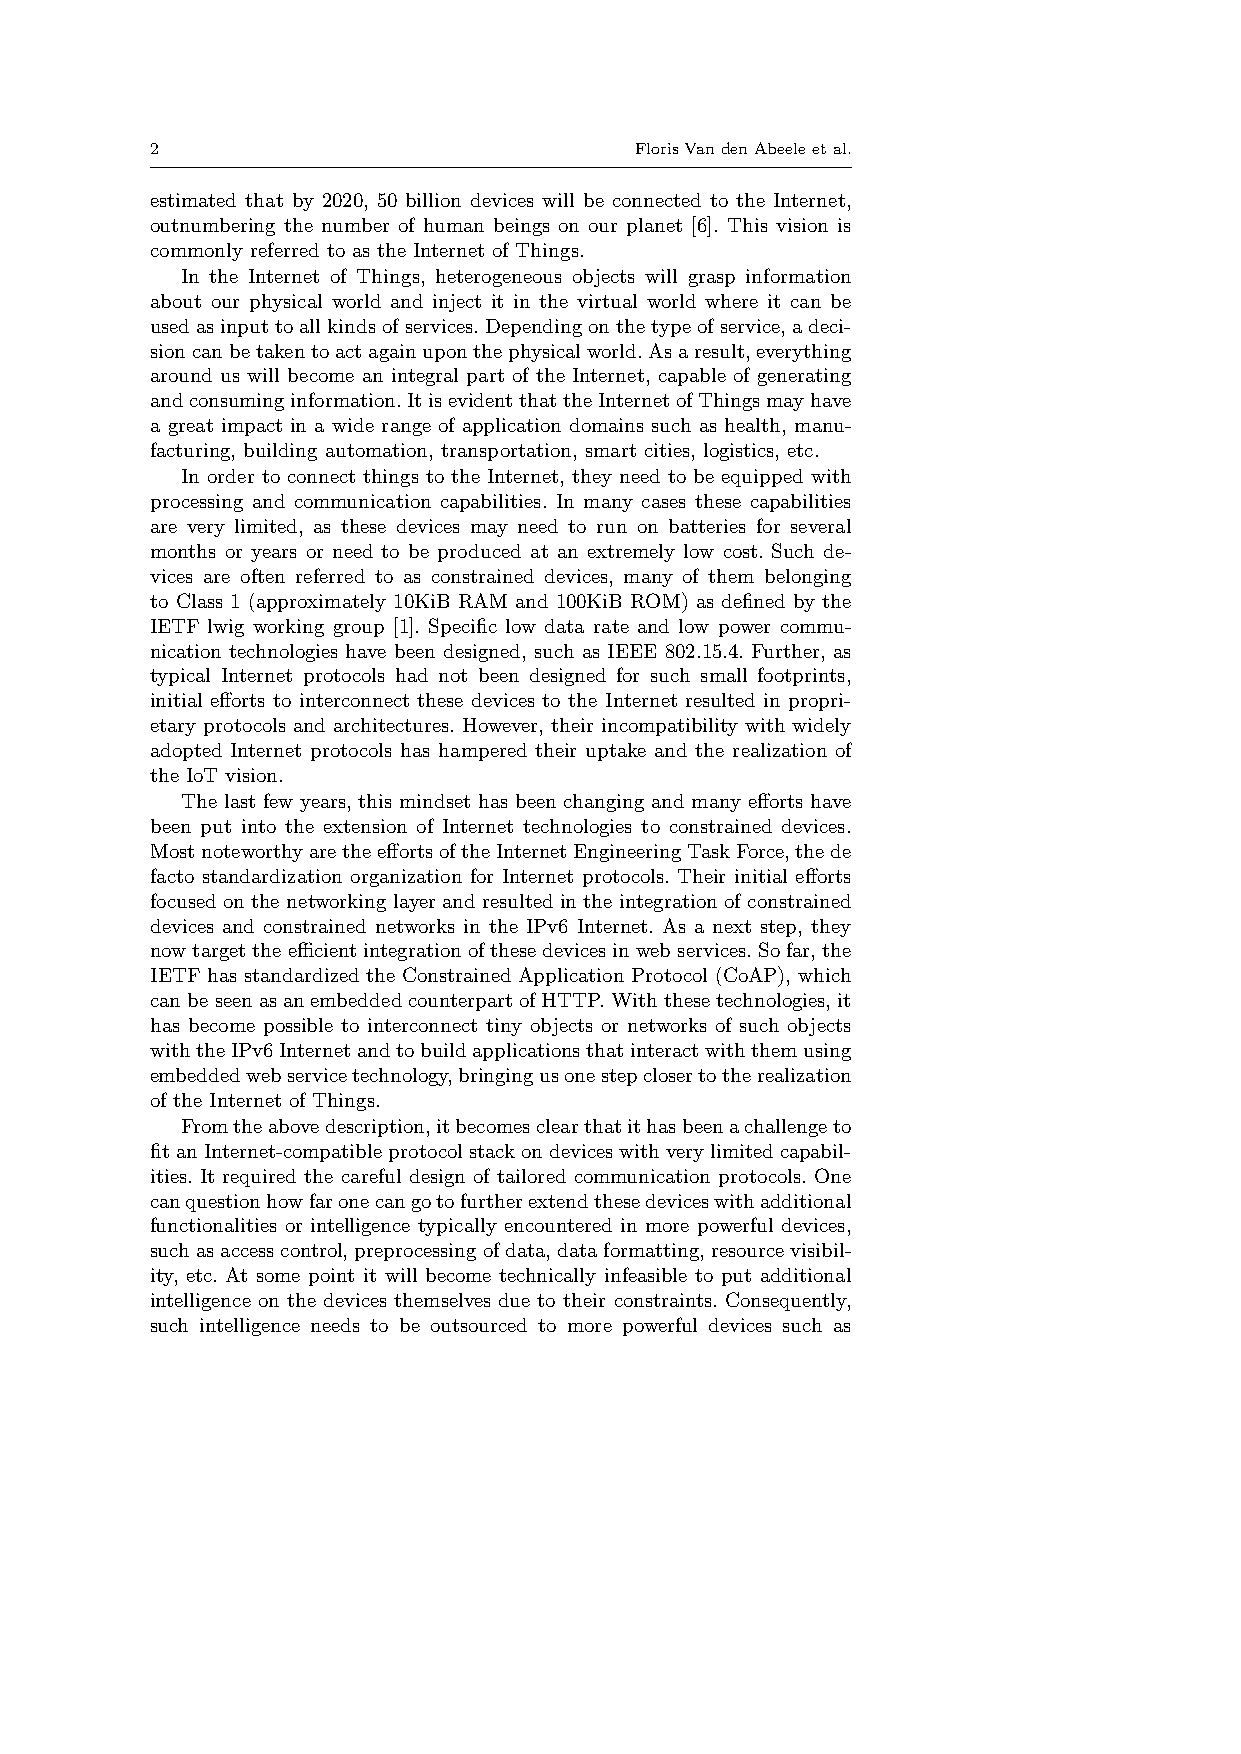
2                               FlorisVandenAbeeleetal.
 estimated that by 2020, 50 billion devices will be connected to the Internet,
 outnumbering the number of human beings on our planet [6]. This vision is
 commonly referred to as the Internet of Things.
 In the Internet of Things, heterogeneous objects will grasp information
 about our physical world and inject it in the virtual world where it can be
 usedasinputtoallkindsofservices.Dependingonthetypeofservice,adeci-
 sioncanbetakentoactagainuponthephysicalworld.Asaresult,everything
 around us will become an integral part of the Internet, capable of generating
 andconsuminginformation.ItisevidentthattheInternetofThingsmayhave
 a great impact in a wide range of application domains such as health, manu-
 facturing, building automation, transportation, smart cities, logistics, etc.
 In order to connect things to the Internet, they need to be equipped with
 processing and communication capabilities. In many cases these capabilities
 are very limited, as these devices may need to run on batteries for several
 months or years or need to be produced at an extremely low cost. Such de-
 vices are often referred to as constrained devices, many of them belonging
 to Class 1 (approximately 10KiB RAM and 100KiB ROM) as defined by the
 IETF lwig working group [1]. Specific low data rate and low power commu-
 nication technologies have been designed, such as IEEE 802.15.4. Further, as
 typical Internet protocols had not been designed for such small footprints,
 initial efforts to interconnect these devices to the Internet resulted in propri-
 etary protocols and architectures. However, their incompatibility with widely
 adopted Internet protocols has hampered their uptake and the realization of
 the IoT vision.
 The last few years, this mindset has been changing and many efforts have
 been put into the extension of Internet technologies to constrained devices.
 MostnoteworthyaretheeffortsoftheInternetEngineeringTaskForce,thede
 facto standardization organization for Internet protocols. Their initial efforts
 focused on the networking layer and resulted in the integration of constrained
 devices and constrained networks in the IPv6 Internet. As a next step, they
 nowtargettheefficientintegrationofthesedevicesinwebservices.Sofar,the
 IETF has standardized the Constrained Application Protocol (CoAP), which
 canbeseenasanembeddedcounterpartofHTTP.Withthesetechnologies,it
 has become possible to interconnect tiny objects or networks of such objects
 withtheIPv6Internetandtobuildapplicationsthatinteractwiththemusing
 embeddedwebservicetechnology,bringingusonestepclosertotherealization
 of the Internet of Things.
 Fromtheabovedescription,itbecomesclearthatithasbeenachallengeto
 fitanInternet-compatibleprotocolstackondeviceswithverylimitedcapabil-
 ities. It required the careful design of tailored communication protocols. One
 canquestionhowfaronecangotofurtherextendthesedeviceswithadditional
 functionalities or intelligence typically encountered in more powerful devices,
 suchasaccesscontrol,preprocessingofdata,dataformatting,resourcevisibil-
 ity, etc. At some point it will become technically infeasible to put additional
 intelligence on the devices themselves due to their constraints. Consequently,
 such intelligence needs to be outsourced to more powerful devices such as